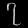
Digit: ၇